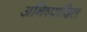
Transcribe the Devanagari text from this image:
अनिष्पादित